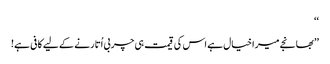
‘‘
’’بھانجے میرا خیال ہے اس کی قیمت ہی چربی اُتارنے کے لیے کافی ہے!